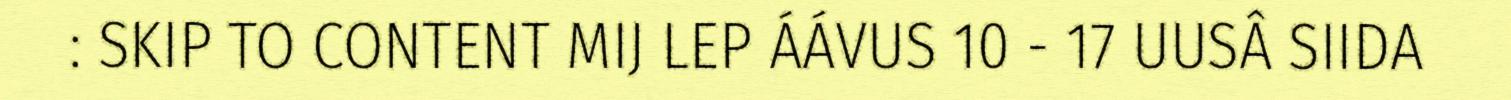
: SKIP TO CONTENT MIJ LEP ÁÁVUS 10 - 17 UUSÂ SIIDA